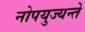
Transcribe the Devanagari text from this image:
नोपयुज्यन्ते